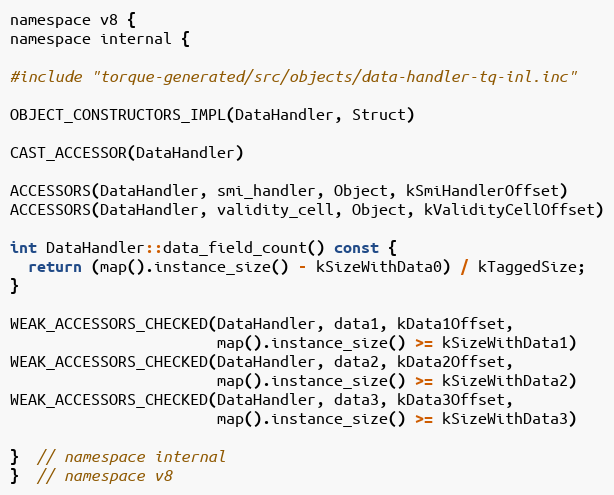
Language: C
namespace v8 {
namespace internal {

#include "torque-generated/src/objects/data-handler-tq-inl.inc"

OBJECT_CONSTRUCTORS_IMPL(DataHandler, Struct)

CAST_ACCESSOR(DataHandler)

ACCESSORS(DataHandler, smi_handler, Object, kSmiHandlerOffset)
ACCESSORS(DataHandler, validity_cell, Object, kValidityCellOffset)

int DataHandler::data_field_count() const {
  return (map().instance_size() - kSizeWithData0) / kTaggedSize;
}

WEAK_ACCESSORS_CHECKED(DataHandler, data1, kData1Offset,
                       map().instance_size() >= kSizeWithData1)
WEAK_ACCESSORS_CHECKED(DataHandler, data2, kData2Offset,
                       map().instance_size() >= kSizeWithData2)
WEAK_ACCESSORS_CHECKED(DataHandler, data3, kData3Offset,
                       map().instance_size() >= kSizeWithData3)

}  // namespace internal
}  // namespace v8